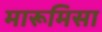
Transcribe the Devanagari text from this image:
मारूमिसा